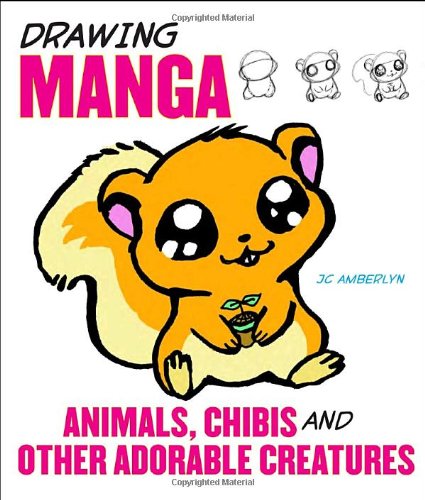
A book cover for Drawing Manga Animals, Chibis, and Other Adorable Creatures; J.C. Amberlyn; Comics & Graphic Novels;